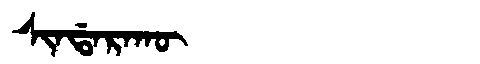
Manchu: ᠰᡳᠨᡩᠠᡵᠠᡴᡡ
Romanization: SINDARAKŪ